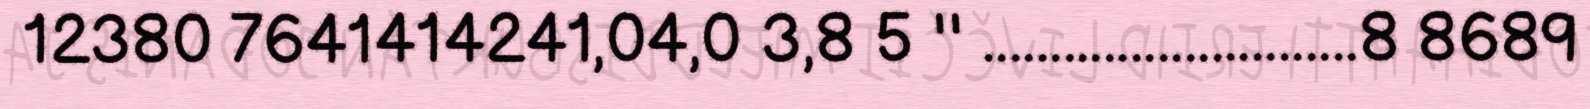
12380 7641414241,04,0 3,8 5 '' ............................8 8689